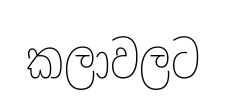
කලාවලට